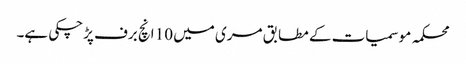
محکمہ موسمیات کے مطابق مری میں 10 انچ برف پڑچکی ہے۔